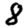
Digit: 8